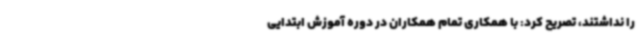
را نداشتند، تصریح کرد: با همکاری تمام همکاران در دوره آموزش ابتدایی